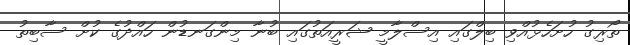
ތޯރިގު ހުށަހެޅުއްވި ބިލްގައި އިސްލާމީ ޝަރީއަތުގައި ބުނާ މިންގަނޑުން ހައްދުގެ ކުށް ސާބިތު